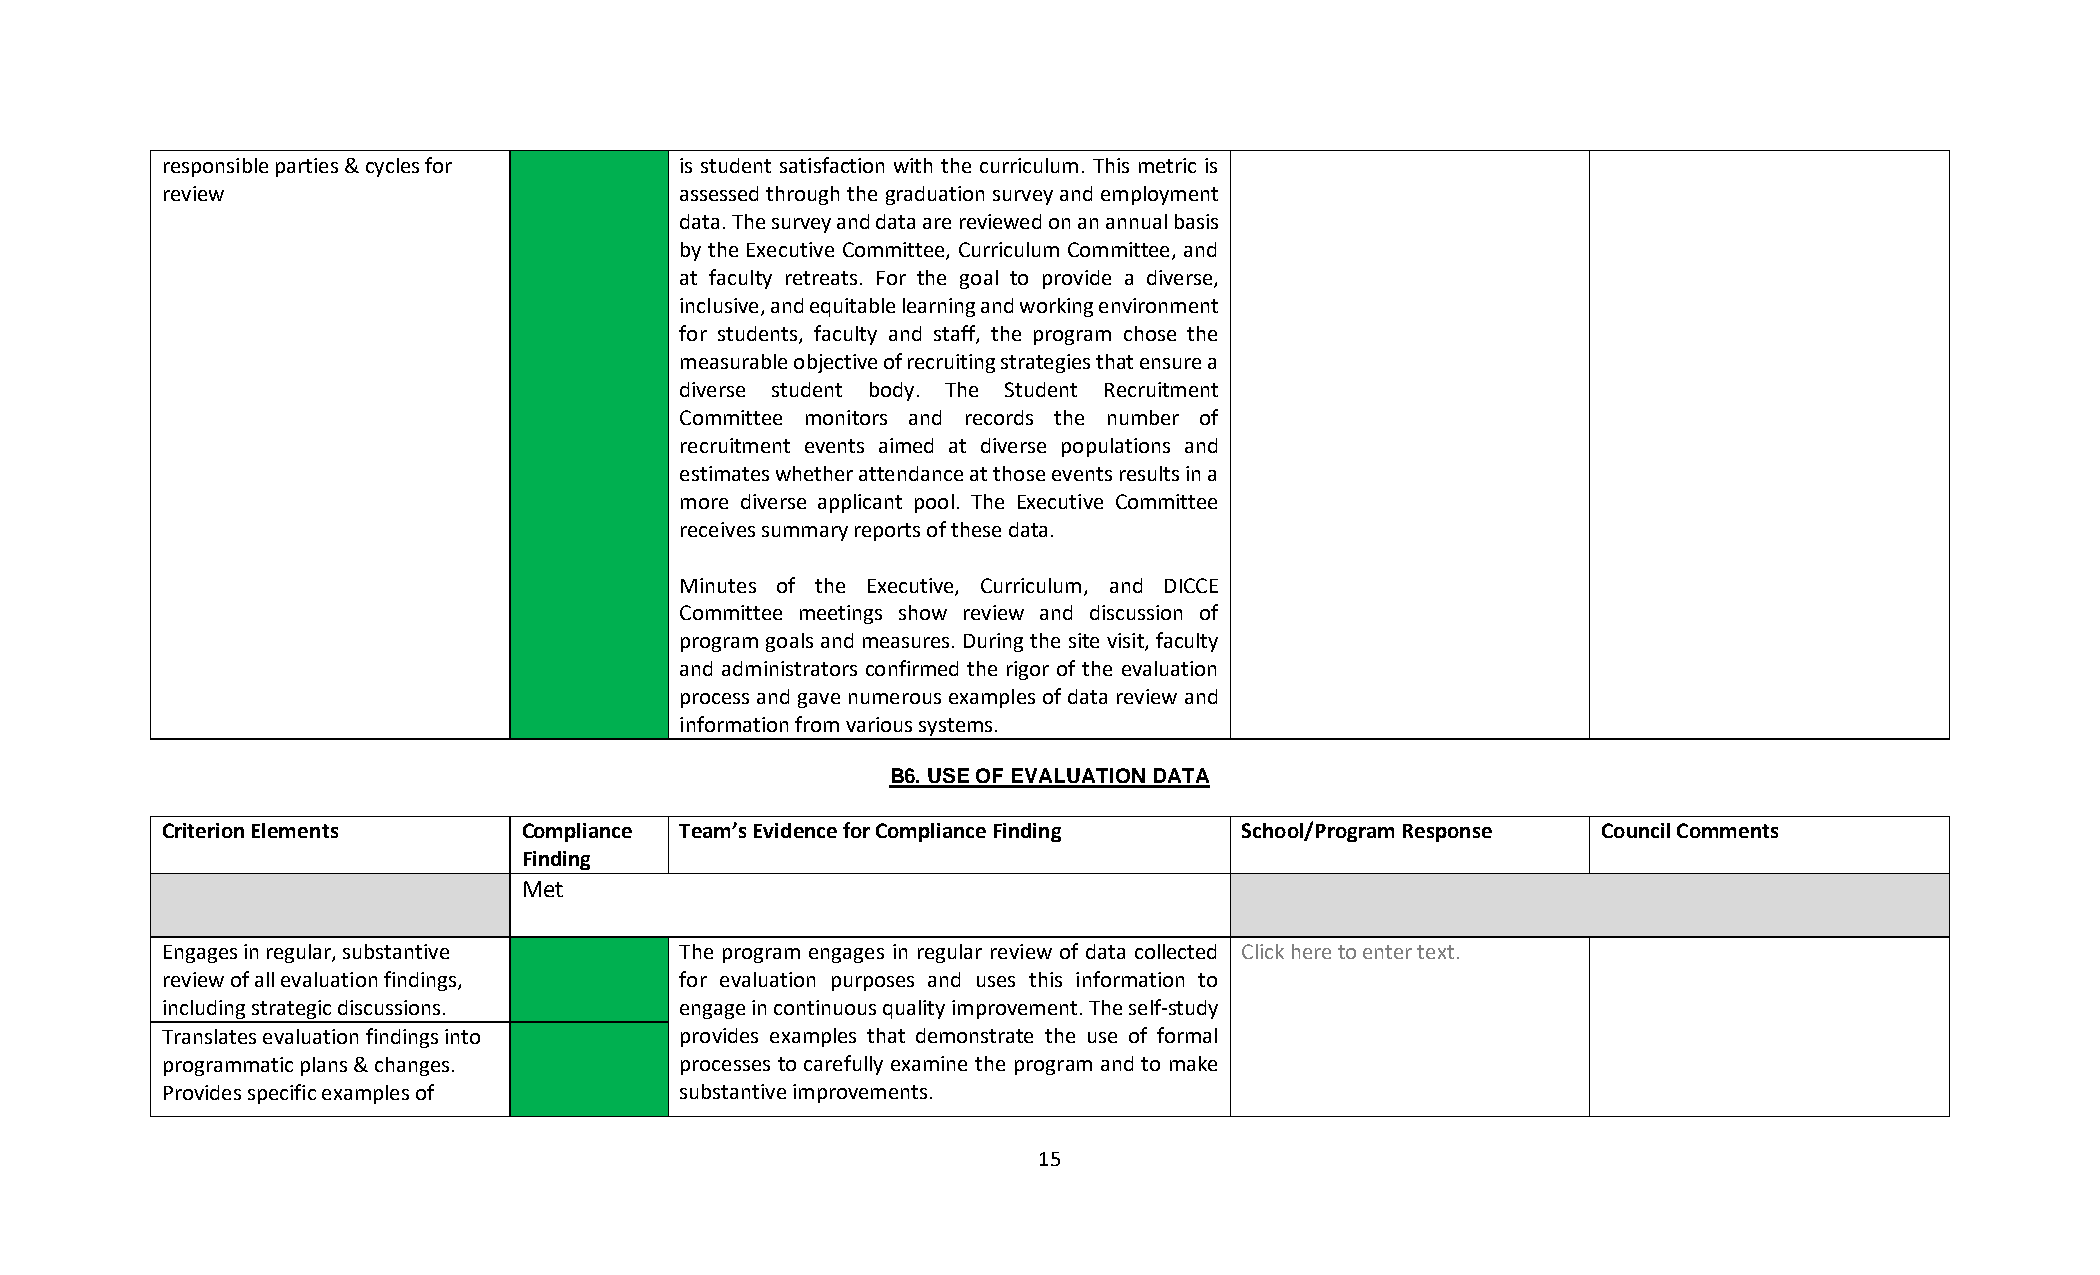
responsible parties & cycles for  is student satisfaction with the curriculum. This metric is
 review                            assessed through the graduation survey and employment
 data. The survey and data are reviewed on an annual basis
 by the Executive Committee, Curriculum Committee, and
 at faculty retreats. For the goal to provide a diverse,
 inclusive, and equitable learning and working environment
 for students, faculty and staff, the program chose the
 measurable objective of recruiting strategies that ensure a
 diverse student body. The Student Recruitment
 Committee monitors and records the number of
 recruitment events aimed at diverse populations and
 estimates whether attendance at those events results in a
 more diverse applicant pool. The Executive Committee
 receives summary reports of these data.
 Minutes of the Executive, Curriculum, and DICCE
 Committee meetings show review and discussion of
 program goals and measures. During the site visit, faculty
 and administrators confirmed the rigor of the evaluation
 process and gave numerous examples of data review and
 information from various systems.
 B6. USE OF EVALUATION DATA
 Criterion Elements      Compliance Team’s Evidence for Compliance Finding School/Program Response Council Comments
 Finding
 Met
 Engages in regular, substantive   The program engages in regular review of data collected Click here to enter text.
 review of all evaluation findings, for evaluation purposes and uses this information to
 including strategic discussions.  engage in continuous quality improvement. The self-study
 Translates evaluation findings into provides examples that demonstrate the use of formal
 programmatic plans & changes.     processes to carefully examine the program and to make
 Provides specific examples of     substantive improvements.
 15